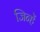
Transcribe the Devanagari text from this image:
जिन्हेें